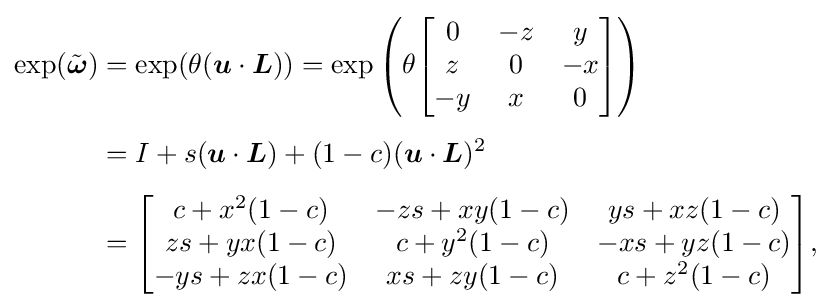
{\begin{aligned}\exp({\tilde {\boldsymbol {\omega }}})&=\exp(\theta ({\boldsymbol {u}}\cdot {\boldsymbol {L}}))=\exp \left(\theta {\begin{bmatrix}0&-z&y\\z&0&-x\\-y&x&0\end{bmatrix}}\right)\\[4pt]&=I+s({\boldsymbol {u}}\cdot {\boldsymbol {L}})+(1-c)({\boldsymbol {u}}\cdot {\boldsymbol {L}})^{2}\\[4pt]&={\begin{bmatrix}c+x^{2}(1-c)&-zs+xy(1-c)&ys+xz(1-c)\\zs+yx(1-c)&c+y^{2}(1-c)&-xs+yz(1-c)\\-ys+zx(1-c)&xs+zy(1-c)&c+z^{2}(1-c)\end{bmatrix}},\end{aligned}}